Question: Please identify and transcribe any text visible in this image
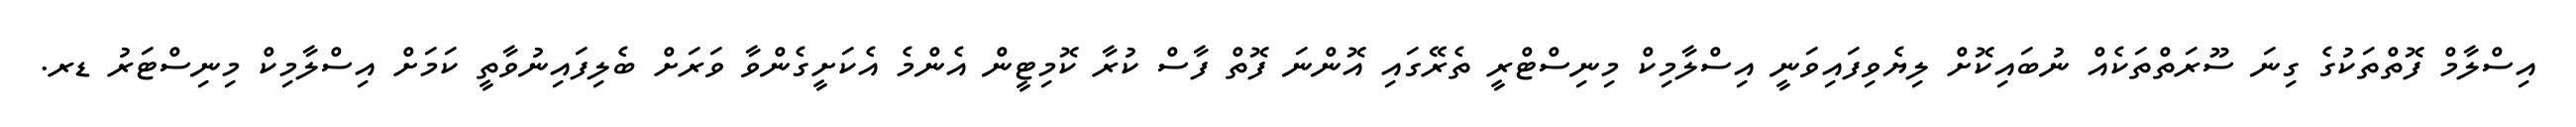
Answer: އިސްލާމް ފޮތްތަކުގެ ގިނަ ސޫރަތްތަކެއް ނުބައިކޮށް ލިޔެވިފައިވަނީ އިސްލާމިކް މިނިސްޓްރީ ތެރޭގައި އޮންނަ ފޮތް ފާސް ކުރާ ކޮމިޓީން އެންމެ އެކަށީގެންވާ ވަރަށް ބެލިފައިނުވާތީ ކަމަށް އިސްލާމިކް މިނިސްޓަރު ޑރ.